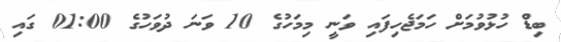
ބިޑް ހުޅުވުމަށް ހަމަޖެހިފައި ވަނީ މިމަހުގެ 10 ވަނަ ދުވަހުގެ 01:00 ގައި